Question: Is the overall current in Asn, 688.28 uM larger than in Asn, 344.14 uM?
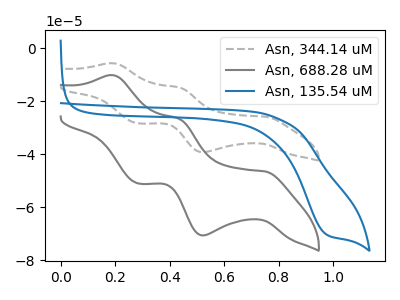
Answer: <think>The gray dashed curve "Asn, 344.14 uM" has anodic peaks at (0.20V, -5.65uA) (0.45V, -14.75uA) and cathodic peaks at (0.75V, -25.80uA) (0.50V, -39.20uA) (0.30V, -28.30uA). The gray curve "Asn, 688.28 uM" has anodic peaks at (0.20V, -10.15uA) (0.45V, -26.55uA) and cathodic peaks at (0.75V, -46.40uA) (0.50V, -70.55uA) (0.30V, -50.95uA). The blue curve "Asn, 135.54 uM" has a cathodic peak at: (1.00V, -70.15uA).
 All the peaks in "Asn, 688.28 uM" have a peak in "Asn, 344.14 uM" at the same potential.</think>
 <answer>I cant tell if "Asn, 688.28 uM" or "Asn, 344.14 uM" has more signal.</answer>
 <eval>mixed_signal</eval>